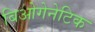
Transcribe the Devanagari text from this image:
बिओगेनेटिक